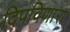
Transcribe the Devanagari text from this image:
दिपविणारा